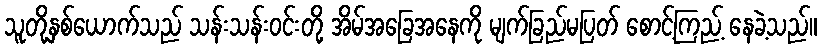
သူတို့နှစ်ယောက်သည် သန်းသန်းဝင်းတို့ အိမ်အခြေအနေကို မျက်ခြည်မပြတ် စောင့်ကြည့် နေခဲ့သည်။